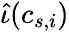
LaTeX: \widehat{\iota}(c_{s,i})